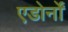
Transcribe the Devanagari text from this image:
एडोर्नों